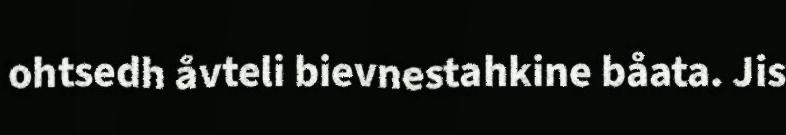
ohtsedh åvteli bievnestahkine båata. Jis